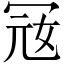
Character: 㓂